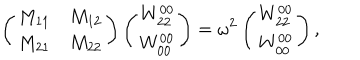
\left( \begin{array} { c c } { { M _ { 1 1 } } } & { { M _ { 1 2 } } } \\ { { M _ { 2 1 } } } & { { M _ { 2 2 } } } \\ \end{array} \right) \left( \begin{array} { c } { { W _ { 2 2 } ^ { 0 0 } } } \\ { { W _ { 0 0 } ^ { 0 0 } } } \\ \end{array} \right) = \omega ^ { 2 } \left( \begin{array} { c } { { W _ { 2 2 } ^ { 0 0 } } } \\ { { W _ { 0 0 } ^ { 0 0 } } } \\ \end{array} \right) ,